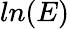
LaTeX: ln(E)